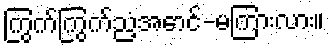
ကြွက်ကြွက်ညံ့အောင်-မကြားလား။